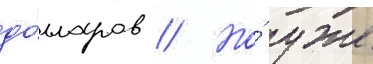
до́лларов // Но́ уже